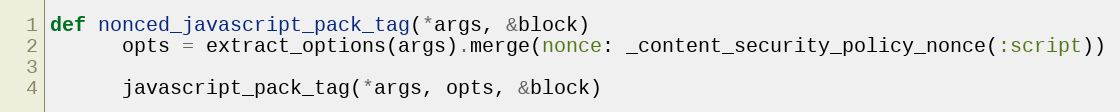
Language: Ruby
def nonced_javascript_pack_tag(*args, &block)
      opts = extract_options(args).merge(nonce: _content_security_policy_nonce(:script))

      javascript_pack_tag(*args, opts, &block)